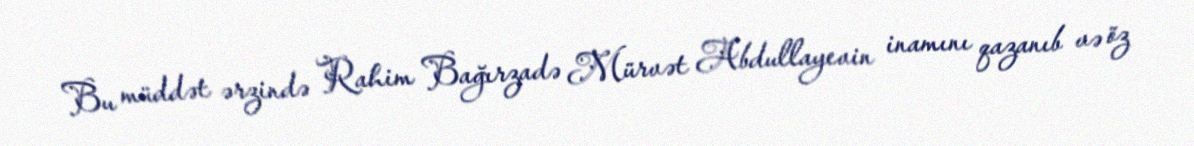
Bu müddət ərzində Rahim Bağırzadə Mürvət Abdullayevin inamını qazanıb və öz